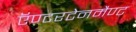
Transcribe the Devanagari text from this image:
ऍण्टरटेनमैण्ट